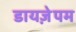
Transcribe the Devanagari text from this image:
डायज़ेपम